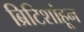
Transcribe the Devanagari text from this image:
ब्रिटिशांहून